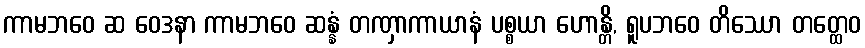
ကာမဘဝေ ဆ ဝေဒနာ ကာမဘဝေ ဆန္နံ တဏှာကာယာနံ ပစ္စယာ ဟောန္တိ, ရူပဘဝေ တိဿော တတ္ထေဝ